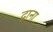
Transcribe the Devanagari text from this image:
द्राना